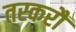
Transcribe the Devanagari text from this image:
तस्करौं